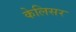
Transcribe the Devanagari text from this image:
केलिसर